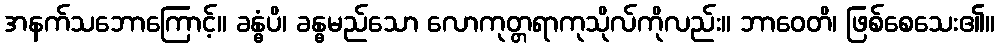
အနက်သဘောကြောင့်။ ခန္ဓံပိ၊ ခန္ဓမည်သော လောကုတ္တရာကုသိုလ်ကိုလည်း။ ဘာဝေတိ၊ ဖြစ်စေသေး၏။